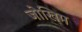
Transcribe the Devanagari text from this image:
जोखिम